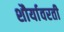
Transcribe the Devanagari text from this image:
शौर्यावरती